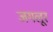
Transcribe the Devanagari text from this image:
जगलूर